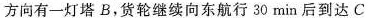
方向有一灯塔B，货轮继续向东航行30min后到达C